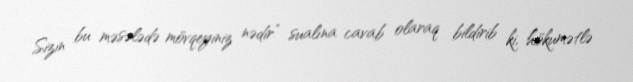
Sizin bu məsələdə mövqeyiniz nədir” sualına cavab olaraq bildirib ki, hökumətlə